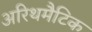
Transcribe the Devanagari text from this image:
अरिथमैटिक